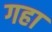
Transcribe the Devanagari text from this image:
गहा